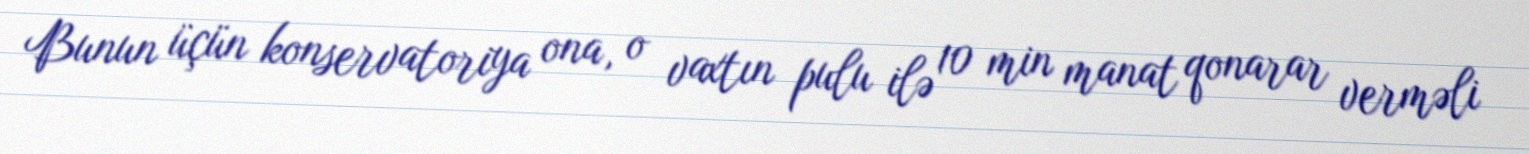
Bunun üçün konservatoriya ona, o vaxtın pulu ilə 10 min manat qonarar verməli